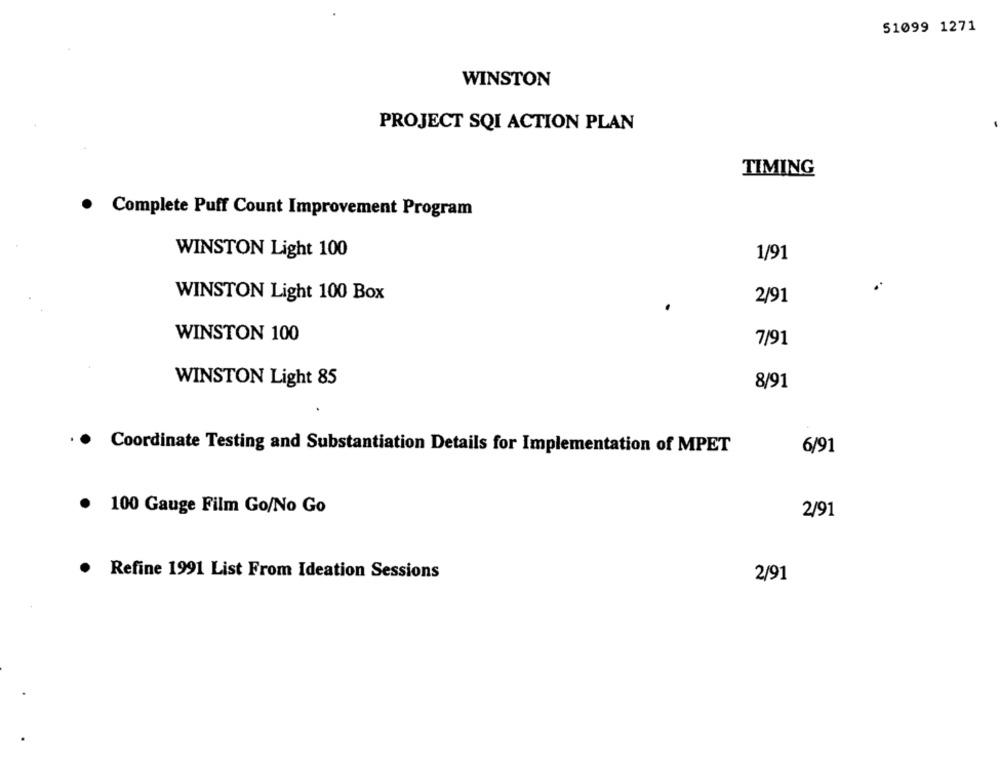
51099 1271
WINSTON
PROJECT SQI ACTION PLAN
TIMING
Complete Puff Count Improvement Program
WINSTON Light 100
1/91
WINSTON Light 100 Box
2/91
WINSTON 100
7/91
WINSTON Light 85
8/91
Coordinate Testing and Substantiation Details for Implementation of MPET
6/91
100 Gauge Film Go/No Go
2/91
Refine 1991 List From Ideation Sessions
2/91